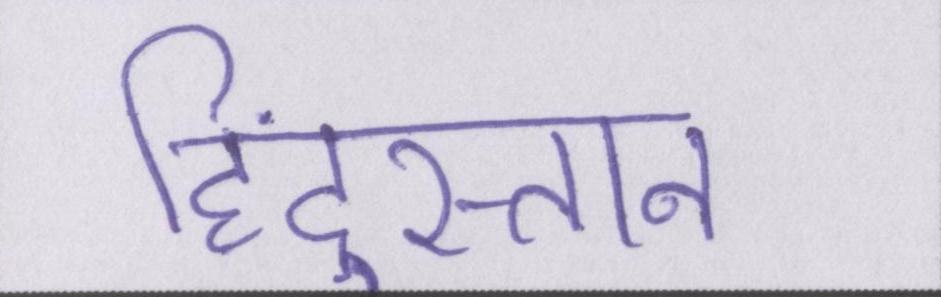
हिंदुस्तान